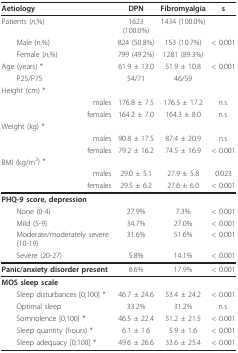
<table><thead><tr><td><b>Aetiology</b></td><td><b>DPN</b></td><td><b>Fibromyalgia</b></td><td><b>s</b></td></tr></thead><tbody><tr><td>Patients (<i>n</i>,%)</td><td>1623 (100.0%)</td><td>1434 (100.0%)</td><td></td></tr><tr><td> Male (<i>n</i>,%)</td><td>824 (50.8%)</td><td>153 (10.7%)</td><td>&lt; 0.001</td></tr><tr><td> Female (<i>n</i>,%)</td><td>799 (49.2%)</td><td>1281 (89.3%)</td><td></td></tr><tr><td>Age (years) *</td><td>61.9 ± 13.0</td><td>51.9 ± 10.8</td><td>&lt; 0.001</td></tr><tr><td> P25/P75</td><td>54/71</td><td>46/59</td><td></td></tr><tr><td>Height (cm) *</td><td></td><td></td><td></td></tr><tr><td>males</td><td>176.8 ± 7.5</td><td>176.5 ± 17.2</td><td>n.s.</td></tr><tr><td>females</td><td>164.2 ± 7.0</td><td>164.3 ± 8.0</td><td>n.s.</td></tr><tr><td>Weight (kg) *</td><td></td><td></td><td></td></tr><tr><td>males</td><td>90.8 ± 17.5</td><td>87.4 ± 20.9</td><td>n.s.</td></tr><tr><td>females</td><td>79.2 ± 16.2</td><td>74.5 ± 16.9</td><td>&lt; 0.001</td></tr><tr><td>BMI (kg/m<sup>2</sup>) *</td><td></td><td></td><td></td></tr><tr><td>males</td><td>29.0 ± 5.1</td><td>27.9 ± 5.8</td><td>0.023</td></tr><tr><td>females</td><td>29.5 ± 6.2</td><td>27.6 ± 6.0</td><td>&lt; 0.001</td></tr><tr><td><b>PHQ-9 score, depression</b></td><td></td><td></td><td></td></tr><tr><td> None (0-4)</td><td>27.9%</td><td>7.3%</td><td>&lt; 0.001</td></tr><tr><td> Mild (5-9)</td><td>34.7%</td><td>27.0%</td><td>&lt; 0.001</td></tr><tr><td> Moderate/moderately severe (10-19)</td><td>31.6%</td><td>51.6%</td><td>&lt; 0.001</td></tr><tr><td> Severe (20-27)</td><td>5.8%</td><td>14.1%</td><td>&lt; 0.001</td></tr><tr><td><b>Panic/anxiety disorder present</b></td><td>8.6%</td><td>17.9%</td><td>&lt; 0.001</td></tr><tr><td><b>MOS sleep scale</b></td><td></td><td></td><td></td></tr><tr><td> Sleep disturbances [0;100] *</td><td>46.7 ± 24.6</td><td>53.4 ± 24.2</td><td>&lt; 0.001</td></tr><tr><td> Optimal sleep</td><td>33.2%</td><td>31.2%</td><td>n.s.</td></tr><tr><td> Somnolence [0;100] *</td><td>46.5 ± 22.4</td><td>51.2 ± 21.5</td><td>&lt; 0.001</td></tr><tr><td> Sleep quantity (hours) *</td><td>6.1 ± 1.6</td><td>5.9 ± 1.6</td><td>&lt; 0.001</td></tr><tr><td> Sleep adequacy [0;100] *</td><td>49.6 ± 26.6</td><td>33.6 ± 25.4</td><td>&lt; 0.001</td></tr></tbody></table>